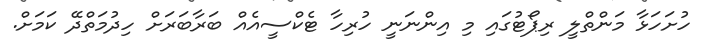
ހުށަހަޅާ މަންތްލީ ރިޕޯޓުގައި މި އިންނަނީ ހުރިހާ ޓެކްސީއެއް ބަރާބަރަށް ހިދުމަތްދޭ ކަމަށް.